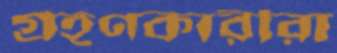
গ্রহণকারীরা